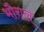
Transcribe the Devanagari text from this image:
भौराल